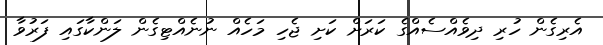
އެރިގެން ހުރި ދިވެއްސެއްގެ ކަރަށް ކަށި ޖެހި މަހެއް ނުނެއްޓިގެން ލަންކާގައި ފަރުވާ